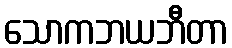
သောကဘယဘီတာ